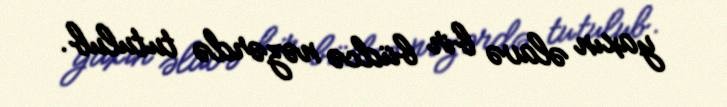
yaxın əlavə bir büdcə nəzərdə tutulub.